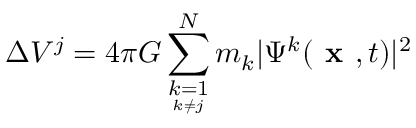
\Delta V ^ { j } = 4 \pi G \sum _ { \underset { k \neq j } { k = 1 } } ^ { N } m _ { k } \vert \Psi ^ { k } ( \textbf { x } , t ) \vert ^ { 2 }